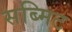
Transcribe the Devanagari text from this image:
सब्मिट